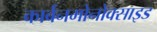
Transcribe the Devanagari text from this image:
कार्बनमोनोक्साइड